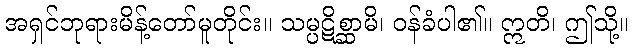
အရှင်ဘုရားမိန့်တော်မူတိုင်း။ သမ္ပဋိစ္ဆာမိ၊ ဝန်ခံပါ၏။ ဣတိ၊ ဤသို့။